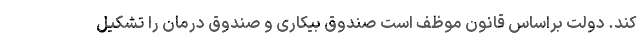
کند. دولت براساس قانون موظف است صندوق بیکاری و صندوق درمان را تشکیل